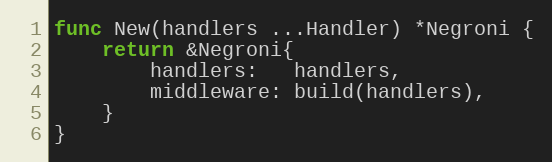
Language: Go
func New(handlers ...Handler) *Negroni {
	return &Negroni{
		handlers:   handlers,
		middleware: build(handlers),
	}
}